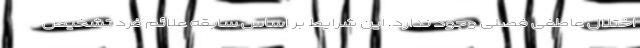
اختلال عاطفی فصلی وجود ندارد. این شرایط بر اساس سابقه علائم فرد تشخیص